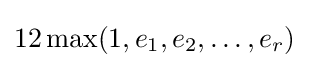
12\max(1,e_{1},e_{2},\ldots ,e_{r})